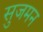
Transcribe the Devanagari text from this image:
सुजमन